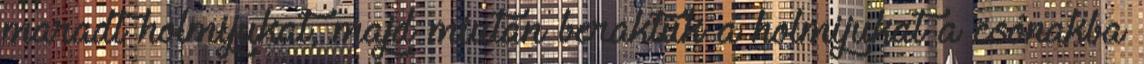
maradt holmijukat, majd miután beraktuk a holmijukat a csónakba